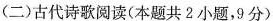
(二)古代诗歌阅读(本题共2小题，9分)